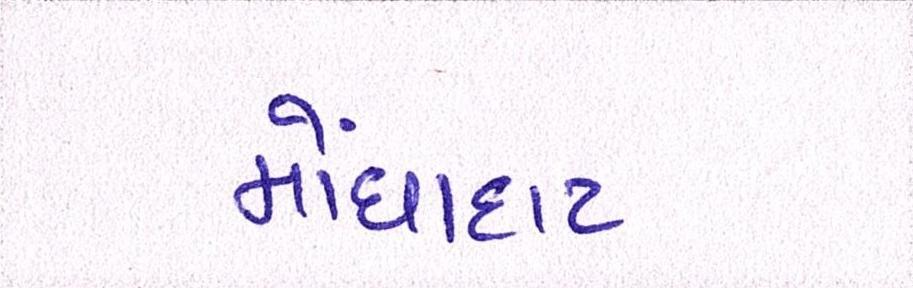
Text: મોંઘાદાટ